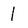
Character: l